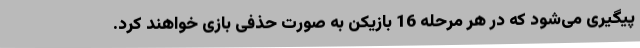
پیگیری می‌شود که در هر مرحله 16 بازیکن به صورت حذفی بازی خواهند کرد.